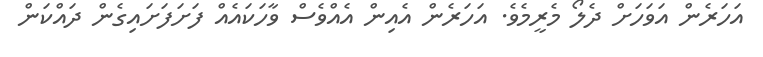
އަހަރެން އަވަހަށް ދެލޯ މެރީމެވެ. އަހަރެން އެއިން އެއްވެސް ވާހަކައެއް ފަށަފަށައިގެން ދައްކަން